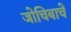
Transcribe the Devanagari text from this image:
जोचिबाचे